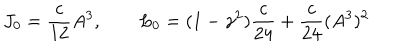
LaTeX: J _ { 0 } = \frac { c } { 1 2 } A ^ { 3 } , \qquad L _ { 0 } = ( 1 - \gamma ^ { 2 } ) \frac { c } { 2 4 } + \frac { c } { 2 4 } ( A ^ { 3 } ) ^ { 2 }